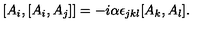
[ A _ { i } , [ A _ { i } , A _ { j } ] ] = - i \alpha \epsilon _ { j k l } [ A _ { k } , A _ { l } ] .